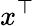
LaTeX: x^{\top}